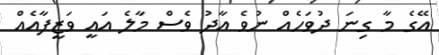
އޭގެ މާ ގިނަ ދުވަހެއް ނުވެ އާދު ވެސް މާލެ އައީ ވަޒީފާއެއް